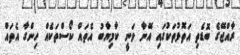
ރާއްޖޭގެ ބޮޑެތި އަތޮޅުތަކުގައި އޭނާ ވަނީ ކާމިޔާބު އެތައް ކޯސްތަކެއް ހިންގާ އެތައް